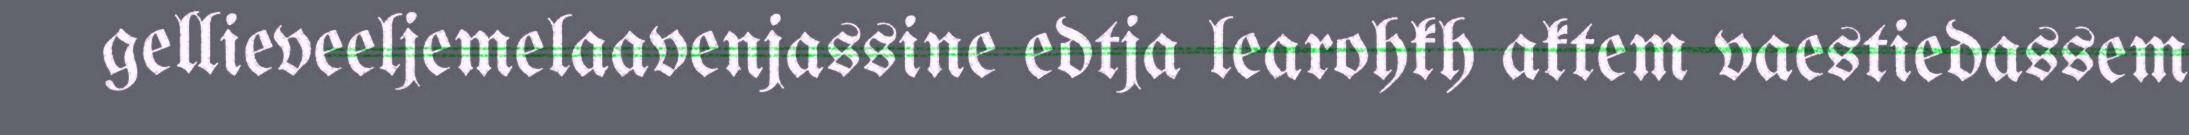
gellieveeljemelaavenjassine edtja learohkh aktem vaestiedassem